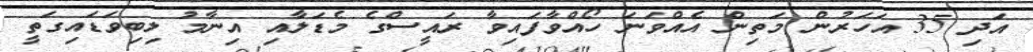
އަދި 35 އަހަރުން މަތިން އެއްވަނަ ހޯއްވާފައިވާ ރައީސްގެ މެޑަލާއި އިނާމު ލިބިވަޑައިގަތީ